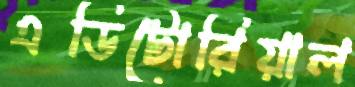
এডিটোরিয়াল